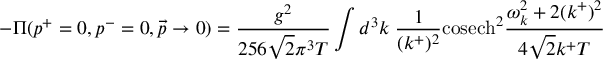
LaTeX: - \Pi ( p ^ { + } = 0 , p ^ { - } = 0 , \vec { p } \rightarrow 0 ) = \frac { g ^ { 2 } } { 2 5 6 \sqrt { 2 } \pi ^ { 3 } T } \int d ^ { 3 } k \; \frac { 1 } { ( k ^ { + } ) ^ { 2 } } \mathrm { c o s e c h } ^ { 2 } \frac { \omega _ { k } ^ { 2 } + 2 ( k ^ { + } ) ^ { 2 } } { 4 \sqrt { 2 } k ^ { + } T }